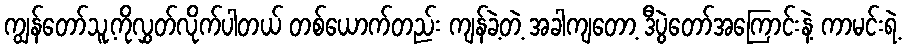
ကျွန်တော်သူ့ကိုလွှတ်လိုက်ပါတယ် တစ်ယောက်တည်း ကျန်ခဲ့တဲ့ အခါကျတော့ ဒီပွဲတော်အကြောင်းနဲ့ ကာမင်းရဲ့